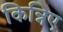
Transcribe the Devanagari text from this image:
किन्निए